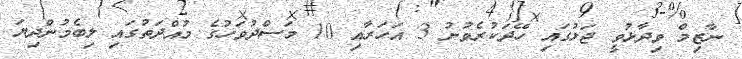
ނާޒިމް ވިދާޅުވީ ޖަލުގައި ހޭދަކުރެވުނު 3 އަހަރާއި 10 މަސްދުވަހުގެ މުއްދަތުގައި ލިބެމުންދިޔަ